Lunatic asylums in Bengal annual reports 1912-1924 - 1912-1924
Year: 1912
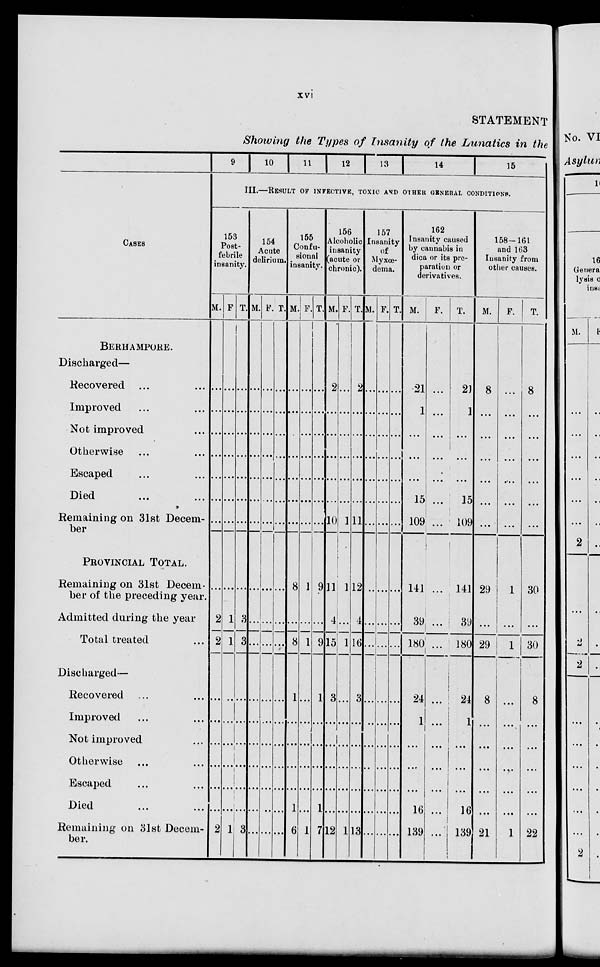
xvi
STATEMENT
Showing the Types of Insanity of the Lunatics in the
CASES
BERHAMPORE.
Discharged—
Recoverd ... ...
Improved ... ...
Not improved ...
Otherwise ... ...
Escaped ... ...
Died ... ...
Remaining on 31st Decem-
ber
PROVINCIAL TOTAL.
Remaining on 31st Decem-
ber of the preceding year.
Admitted during the year
Total treated ...
Discharged—
Recovered ... ...
Improved ... ...
Not improved ...
Otherwise ... ...
Escaped ... ...
Died ... ...
Remaining on 31st Decem-
ber.
9
10 11 12 13
14
15
III.—RESULT OF INFECTIVE, TOXIC AND OTHER GENERAL CONDITIONS.
153
Post-
febrile
insanity.
M.
...
...
...
...
...
...
...
...
2
2
...
...
...
...
...
...
2
F.
...
...
...
...
...
...
...
...
1
1
...
...
...
...
...
...
1
T.
...
...
...
...
...
...
...
...
3
3
...
...
...
...
...
...
3
154
Acute
delirium.
M.
...
...
...
...
...
...
...
...
...
...
...
...
...
...
...
...
...
F.
...
...
...
...
...
...
...
...
...
...
...
...
...
...
...
...
...
T.
...
...
...
...
...
...
...
...
...
...
...
...
...
...
...
...
...
155
Confu-
sional
insanity.
M.
...
...
...
...
...
...
...
8
...
8
1
...
...
...
...
1
6
F.
...
...
...
...
...
...
...
1
...
1
...
...
...
...
...
...
1
T.
...
...
...
...
...
...
...
9
...
9
1
...
...
...
...
1
7
156
Alcoholic
insanity
(acute or
chronic).
M.
2
...
...
...
...
...
10
11
4
15
3
...
...
...
...
...
12
F.
...
...
...
...
...
...
1
1
...
1
...
...
...
...
...
...
1
T.
2
...
...
...
...
...
11
12
4
16
3
...
...
...
...
...
13
157
Insanity
of
Myxœ-
dema.
M.
...
...
...
...
...
...
...
...
...
...
...
...
...
...
...
...
...
F.
...
...
...
...
...
...
...
...
...
...
...
...
...
...
...
...
...
T.
...
...
...
...
...
...
...
...
...
...
...
...
...
...
...
...
...
162
Insanity caused
by cannabis in
dica or its pre-
paration or
derivatives.
M.
21
1
...
...
...
15
109
141
39
180
24
1
...
...
...
16
139
F.
...
...
...
...
...
...
...
...
...
...
...
...
...
...
...
...
...
T.
21
1
...
...
...
15
109
141
39
180
24
1
...
...
...
16
139
158-161
and 163
Insanity from
other causes.
M.
8
...
...
...
...
...
...
29
...
29
8
...
...
...
...
...
21
F.
...
...
...
...
...
...
1
...
1
...
...
...
...
...
...
1
T.
8
...
...
...
...
...
...
30
...
30
8
...
...
...
...
...
22